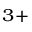
^ { 3 + }